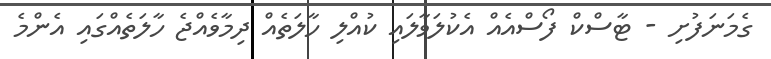
ގެމަނަފުށި - ޓާސްކް ފޯސްއެއް އެކުލަވާލައި ކުއްލި ހާލަތެއް ދިމާވެއްޖެ ހާލަތެއްގައި އެންމެ